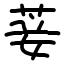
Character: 菨